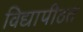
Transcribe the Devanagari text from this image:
विद्यापीठत